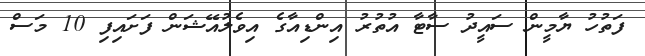
ފަތުހު ޔާމީން ސައީދު ސާޓާ އުތުރު އިންޑިއާގެ އިވެލުއޭޝަން ފަށައިފި 10 މަސް